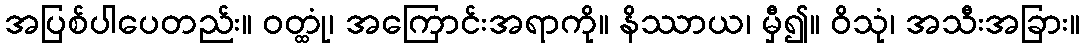
အပြစ်ပါပေတည်း။ ဝတ္ထုံ၊ အကြောင်းအရာကို။ နိဿာယ၊ မှီ၍။ ဝိသုံ၊ အသီးအခြား။